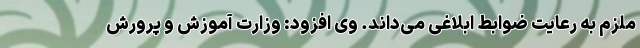
ملزم به رعایت ضوابط ابلاغی می‌داند. وی افزود: وزارت آموزش و پرورش